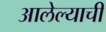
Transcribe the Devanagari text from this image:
आलेल्याची